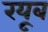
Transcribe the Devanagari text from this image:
रयूब